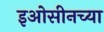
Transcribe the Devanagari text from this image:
इओसीनच्या